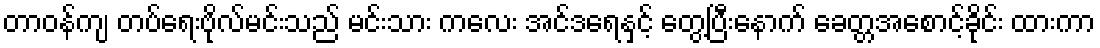
တာဝန်ကျ တပ်ရေးဗိုလ်မင်းသည် မင်းသား ကလေး အင်ဒရေနှင့် တွေ့ပြီးနောက် ခေတ္တအစောင့်ခိုင်း ထားကာ